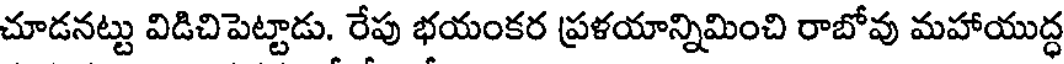
చూడనట్టు విడిచిపెట్టాడు. రేపు భయంకర ప్రళయాన్నిమించి రాబోవు మహాయుద్ధ